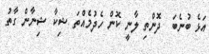
އަޅެ ބުނެބަ  ދޮންތި ލާނީ ކޮން ހެދުމެއްތަ ޝިކާ ޝިނާން ގާތު